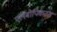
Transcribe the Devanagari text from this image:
एलबोपिकटस